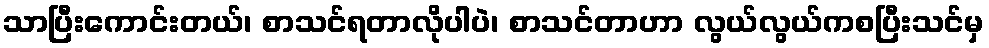
သာပြီးကောင်းတယ်၊ စာသင်ရတာလိုပါပဲ၊ စာသင်တာဟာ လွယ်လွယ်ကစပြီးသင်မှ